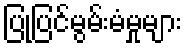
ပြုပြင်မွမ်းမံမှုများ